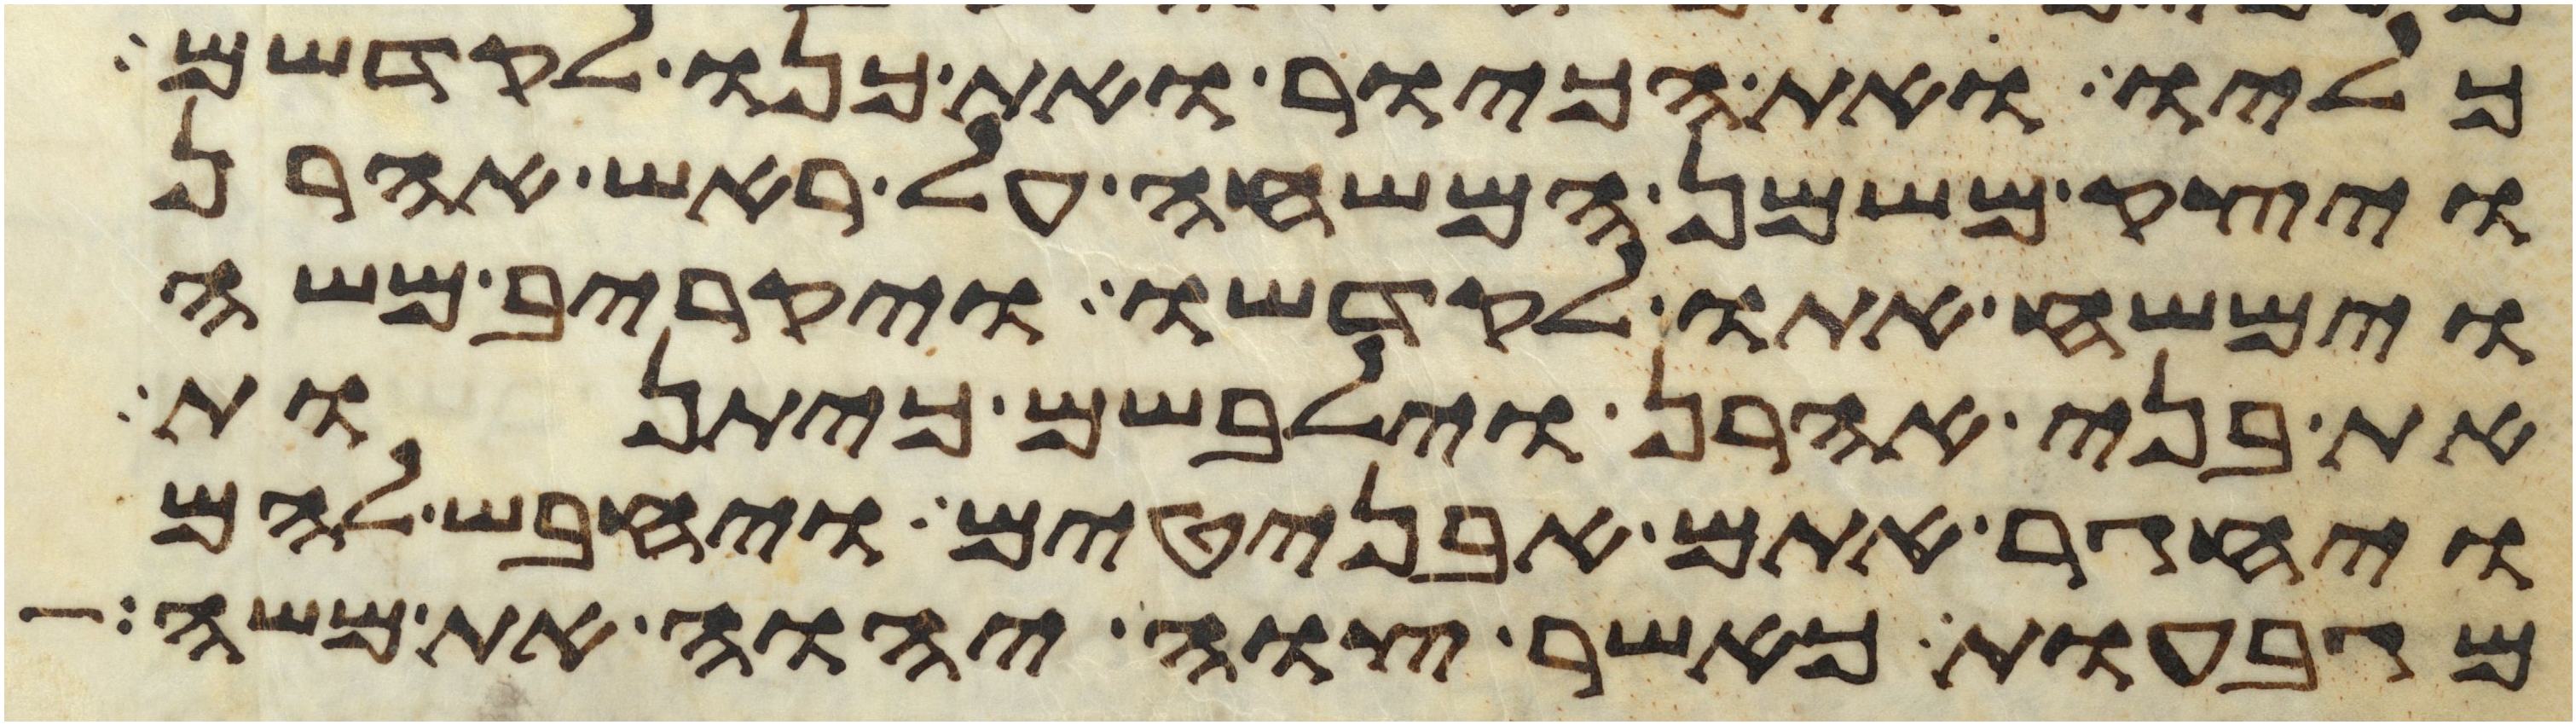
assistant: כליו ואת הכיור ואת כנו לקדשם
ויצק משמן המשחה על ראש אהרן
וימשח אתו לקדשו ויקריב משה
את בני אהרן וילבשם כיתנות
ויחגר אתם אבניטים ויחבש להם
מגבעות כאשר צוה יהוה את משה